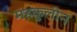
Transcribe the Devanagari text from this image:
महकुलीन